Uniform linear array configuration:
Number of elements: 64
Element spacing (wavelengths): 0.25
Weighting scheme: cosine
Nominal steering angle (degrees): -15
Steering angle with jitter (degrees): -14.123
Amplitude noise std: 0.05
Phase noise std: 0.05

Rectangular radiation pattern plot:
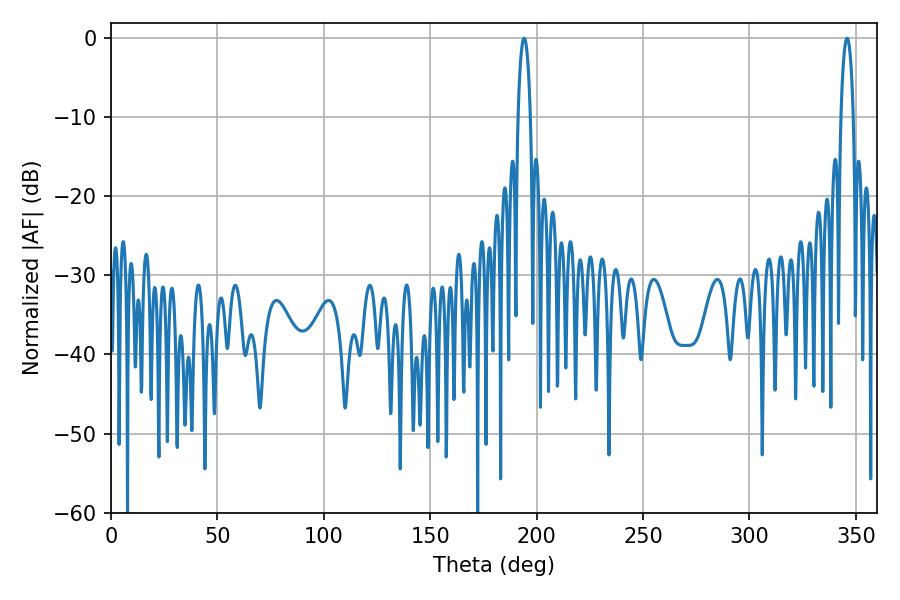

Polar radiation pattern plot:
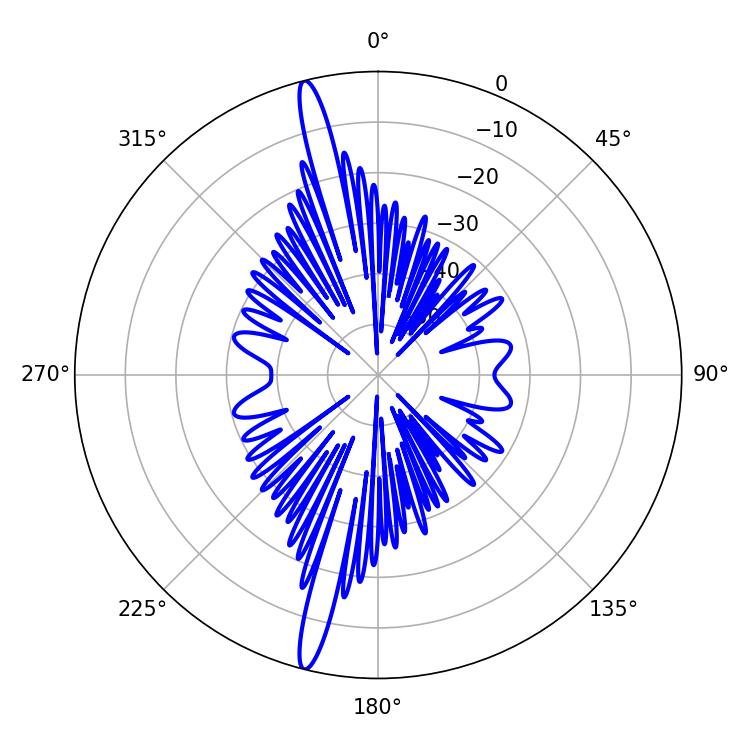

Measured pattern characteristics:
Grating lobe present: FALSE
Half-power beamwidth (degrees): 3.42
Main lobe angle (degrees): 194.04